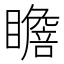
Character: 𱳐